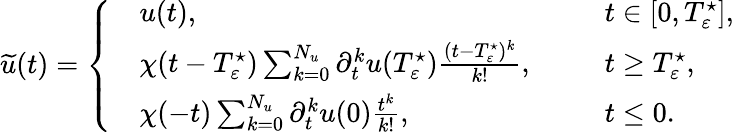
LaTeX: \begin{array}{r}{\widetilde{u}(t)=\left\{ \begin{array}{rlrl}&{u(t),\ \ }&&{t\in[0,T_{\varepsilon}^{\star}],}\\ &{\chi(t-T_{\varepsilon}^{\star})\sum_{k=0}^{N_{u}}\partial_{t}^{k}u(T_{\varepsilon}^{\star})\frac{(t-T_{\varepsilon}^{\star})^{k}}{k!},\ \ }&&{t\geq T_{\varepsilon}^{\star},}\\ &{\chi(-t)\sum_{k=0}^{N_{u}}\partial_{t}^{k}u(0)\frac{t^{k}}{k!},\ \ }&&{t\leq 0.}\end{array}\right.}\end{array}